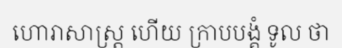
ហោរាសាស្ត្រ ហើយ ក្រាបបង្គំ ទូល ថា